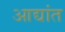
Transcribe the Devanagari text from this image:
आद्यांत